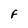
Character: F